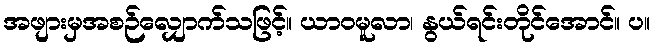
အဖျားမှအစဉ်လျှောက်သဖြင့်။ ယာဝမူလာ၊ နွယ်ရင်းတိုင်အောင်။ ပ။